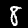
Label: 8